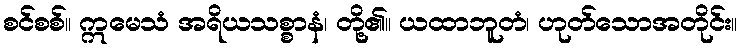
စင်စစ်။ ဣမေသံ အရိယသစ္စာနံ၊ တို့၏။ ယထာဘူတံ၊ ဟုတ်သောအတိုင်း။